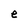
Character: e